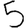
Digit: 5